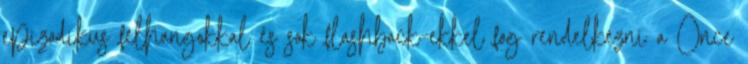
epizodikus felhangokkal és sok flashback-ekkel fog rendelkezni a Once